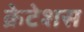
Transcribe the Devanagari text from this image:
क्रेटेशस